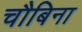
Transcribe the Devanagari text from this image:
चौबिना